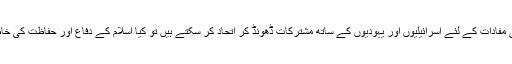
ہمارے لئے لمحہ فکریہ ہے کہ اگر ہمارے حکمران اپنے سیاسی مفادات کے لئے اسرائیلیوں اور یہودیوں کے ساتھ مشترکات ڈھونڈ کر اتحاد کر سکتے ہیں تو کیا اسلام کے دفاع اور حفاظت کی خاطر شیعہ اور سنی علمائے کرام مل بیٹھ کر متحد نہیں ہو سکتے۔